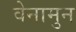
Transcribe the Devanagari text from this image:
वेनामुन